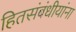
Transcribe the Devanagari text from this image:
हितसंबंधीयांना